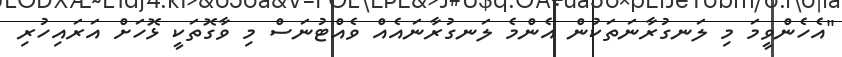
"އެހެންވީމަ މި ލަނގުރާނަތަކުން އެންމެ ލަނގުރާނައެއް ވެއްޓުނަސް މި ވާގޮތަކީ ޅޮހަށް އަރައިހުރި